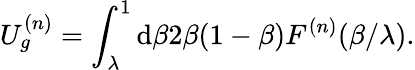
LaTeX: U_{g}^{(n)}=\int_{\lambda}^{1}\mathrm{d}\beta2\beta(1-\beta)F^{(n)}(\beta/\lambda).